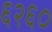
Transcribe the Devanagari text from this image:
६२६०